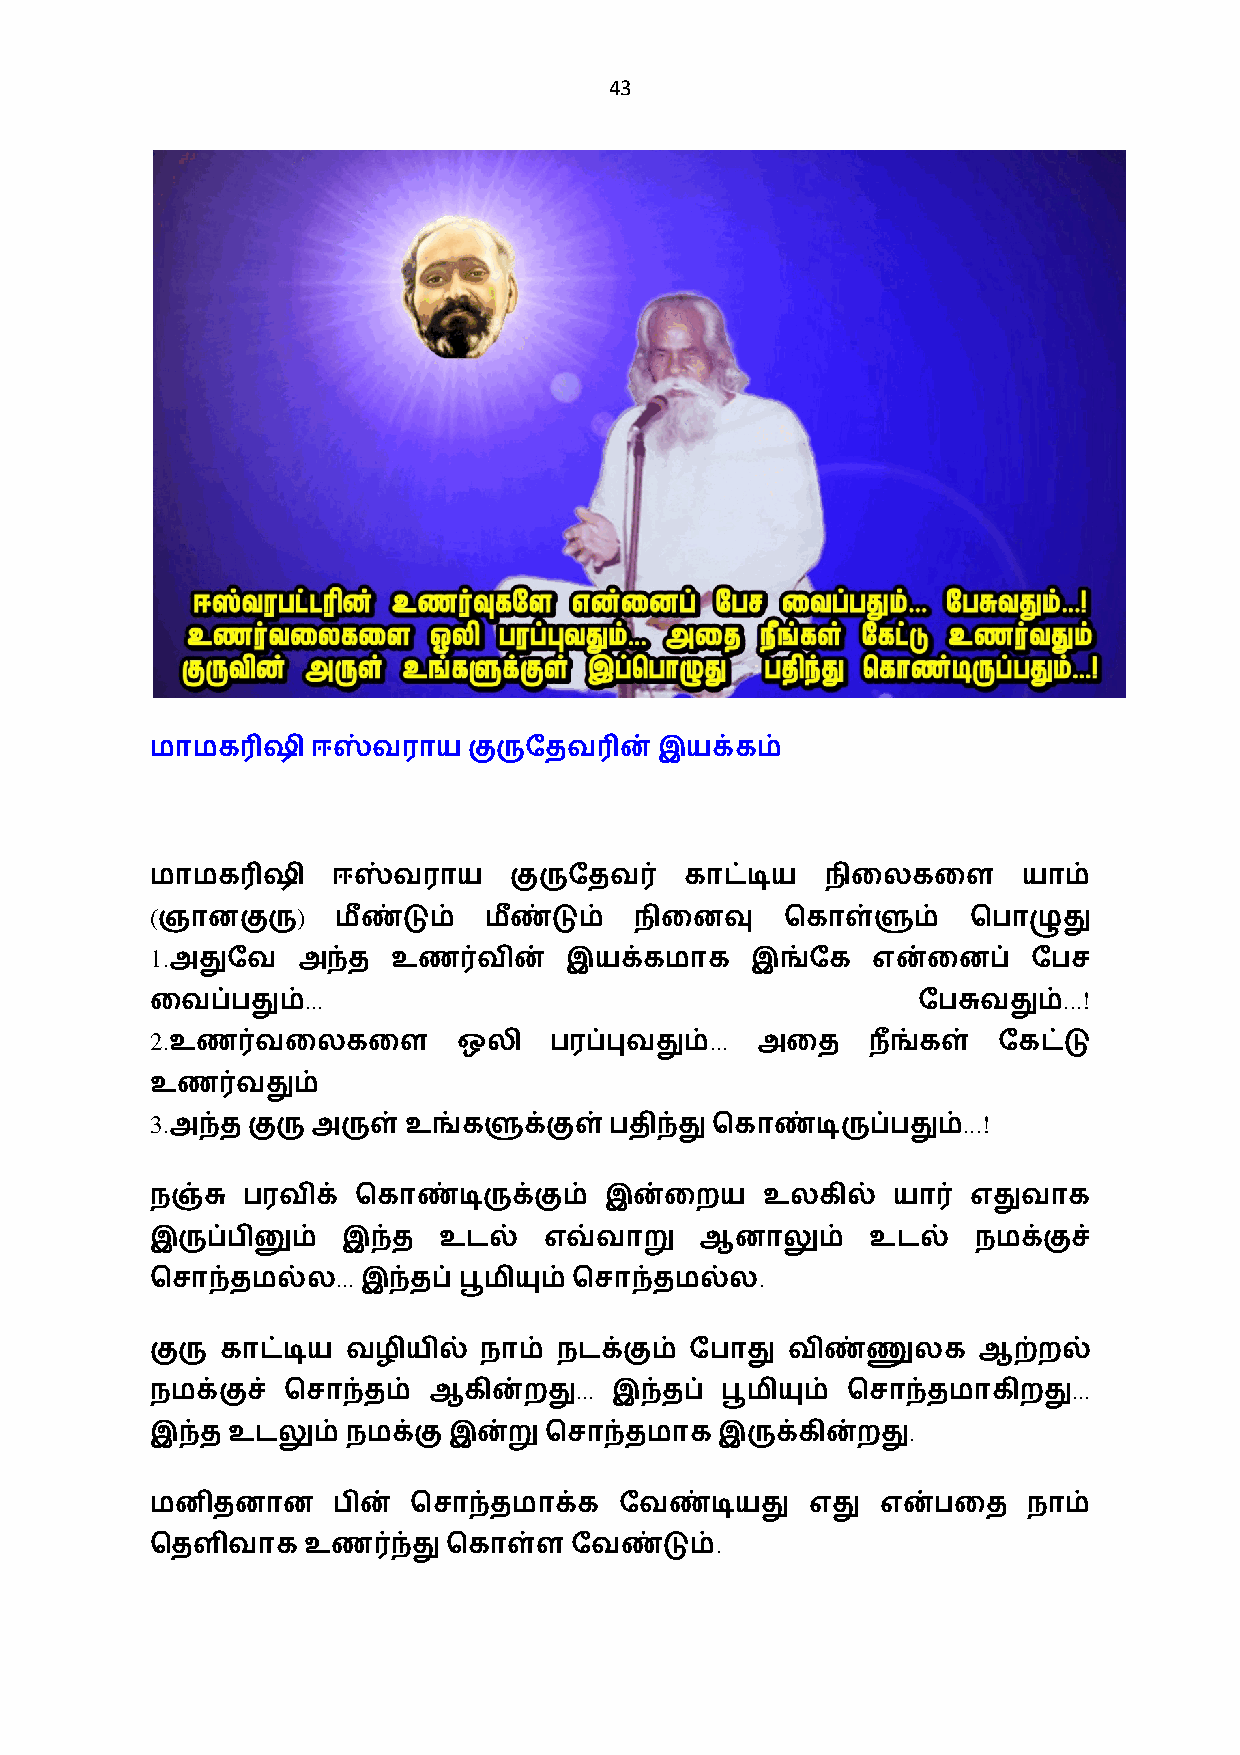
43
 மாமக3ஷி    ஈஸ்வராய   குருேதவ3ன்   இயக்கம்
 மாமக3ஷி     ஈஸ்வராய     குருேதவ0   காட்டிய   நிைலகைள      யாம்
 (         )
 ஞானகுரு     மீண்டும்  மீண்டும்  நிைனவு    ெகாள்ளும்   ெபாழுது
 1.
 அதுேவ    அந்த  உண0வின்    இயக்கமாக     இங்ேக   என்ைனப்   ேபச
 ...                                               ...!
 ைவப்பதும்                                          ேபசுவதும்
 2.                                   ...
 உண0வைலகைள          ஒலி   பரப்புவதும்   அைத    ந+ங்கள்  ேகட்டு
 உண0வதும்
 3.                                                    ...!
 அந்த குருஅருள்  உங்களுக்குள்பதிந்து ெகாண்டிருப்பதும்
 நஞ்சு பரவிக் ெகாண்டிருக்கும்  இன்ைறய    உலகில்   யா0  எதுவாக
 இருப்பினும்  இந்த  உடல்   எவ்வாறு   ஆனாலும்     உடல்   நமக்குச்
 ...                         .
 ெசாந்தமல்ல    இந்தப் பூமியும்ெசாந்தமல்ல
 குரு காட்டிய வழியில்  நாம் நடக்கும் ேபாது விண்ணுலக     ஆற்றல்
 ...                              ...
 நமக்குச் ெசாந்தம் ஆகின்றது     இந்தப் பூமியும் ெசாந்தமாகிறது
 .
 இந்த உடலும்  நமக்கு இன்றுெசாந்தமாக    இருக்கின்றது
 மனிதனான     பின் ெசாந்தமாக்க   ேவண்டியது    எது என்பைத    நாம்
 .
 ெதளிவாக   உண0ந்து   ெகாள்ள  ேவண்டும்